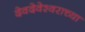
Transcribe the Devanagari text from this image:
देवदेवेश्वराच्या